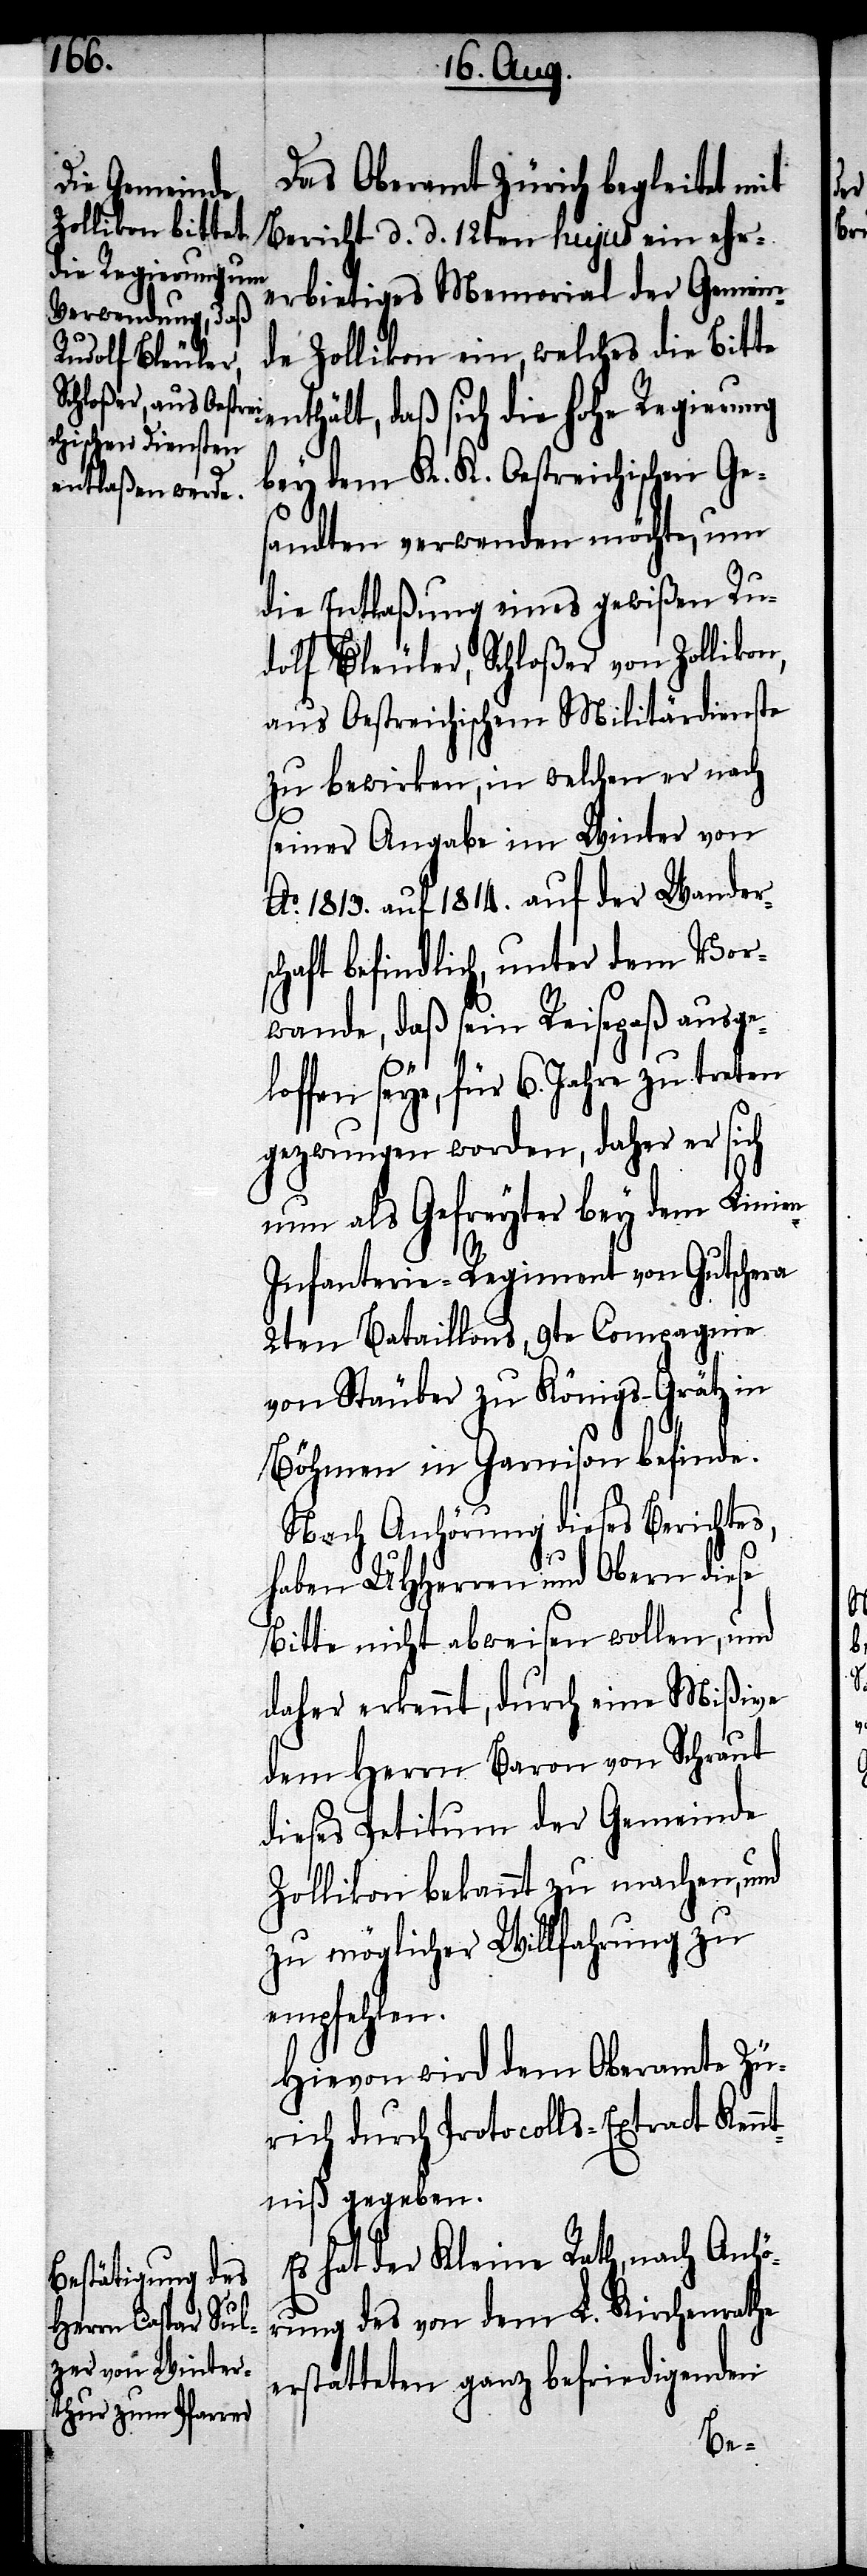
Das Oberamt Zürich begleitet mit
Bericht d. d. 12ten hujus ein ihr ehr¬
erbietiges Memorial der Gemein¬
de Zollikon ein, welches die Bitte
enthält, daß sich die hohe Regierung
bey dem K. K. Oestreichischen Ge¬
sandten verwenden möchte, um
die Entlaßung eines gewißen Ru¬
dolf Bleuler, Schloßer von Zollikon,
aus Oestreichischem Militärdienste
zu bewirken, in welchen er nach
seiner Angabe im Winter von
Ao. 1813. auf 1814. auf der Wander¬
schaft befindlich, unter dem Vor¬
wande, daß sein Reisepaß ausge¬
loffen seye, für 6. Jahre zu treten
gezwungen worden, daher er sich
nun als Gefreyter bey dem Linie¬
n-Infanterie-Regiment von Gutschera
2ten Bataillons, 9te Compagnie
von Stäuber zu Königs-Grätz in
Böhmen in Garnison befinde.
Nach Anhörung dieses Berichtes,
haben UHHerren und Obern diese
Bitte nicht abweisen wollen, und
daher erkennt, durch eine Mißive
dem Herrn Baron von Schraut
dieses Petitum der Gemeinde
Zollikon bekannt zu machen, und
zu möglicher Willfahrung zu
empfehlen.
Hievon wird dem Oberamte Zü¬
rich durch Protocolls-Extract Kenn¬
tniß gegeben.
Es hat der Kleine Rath, nach Anhö¬
rung des von dem L. Kirchenrathe
erstatteten ganz befriedigenden